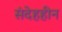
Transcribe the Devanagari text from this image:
संदेहहीन